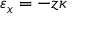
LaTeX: \varepsilon _ { x } = - z \kappa